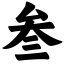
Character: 叁